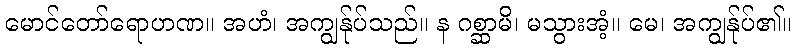
မောင်တော်ရောဟဏ။ အဟံ၊ အကျွန်ုပ်သည်။ န ဂစ္ဆာမိ၊ မသွားအံ့။ မေ၊ အကျွန်ုပ်၏။